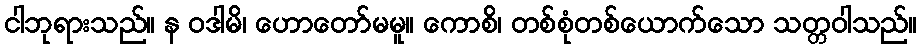
ငါဘုရားသည်။ န ဝဒါမိ၊ ဟောတော်မမူ။ ကောစိ၊ တစ်စုံတစ်ယောက်သော သတ္တဝါသည်။